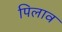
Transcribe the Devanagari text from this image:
पिलाव